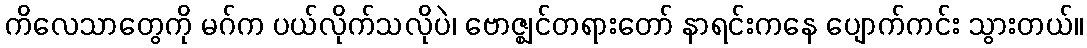
ကိလေသာတွေကို မဂ်က ပယ်လိုက်သလိုပဲ၊ ဗောဇ္ဈင်တရားတော် နာရင်းကနေ ပျောက်ကင်း သွားတယ်။